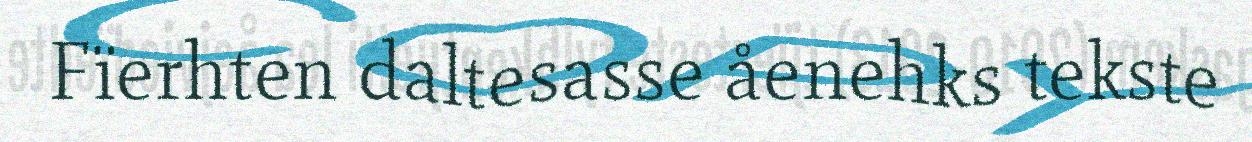
Fïerhten daltesasse åenehks tekste